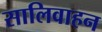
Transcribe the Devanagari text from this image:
सालिवाहन